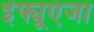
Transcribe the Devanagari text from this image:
इंफ्यूएंजा